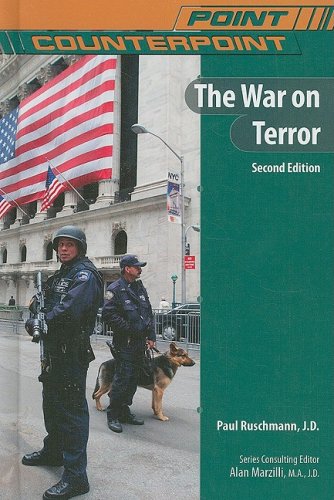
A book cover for The War on Terror (Point/Counterpoint); Paul Ruschmann; Teen & Young Adult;